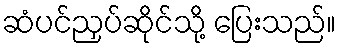
ဆံပင်ညှပ်ဆိုင်သို့ ပြေးသည်။